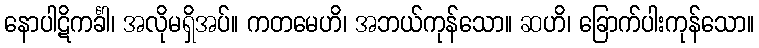
နောပါဋိကင်္ခါ၊ အလိုမရှိအပ်။ ကတမေဟိ၊ အဘယ်ကုန်သော။ ဆဟိ၊ ခြောက်ပါးကုန်သော။